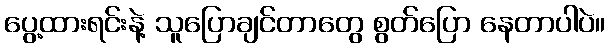
ပွေ့ထားရင်းနဲ့ သူပြောချင်တာတွေ စွတ်ပြော နေတာပါပဲ။